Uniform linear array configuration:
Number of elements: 64
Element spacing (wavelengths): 0.5
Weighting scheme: binomial
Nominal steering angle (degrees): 60
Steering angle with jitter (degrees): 61.428
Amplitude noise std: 0.05
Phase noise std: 0.05

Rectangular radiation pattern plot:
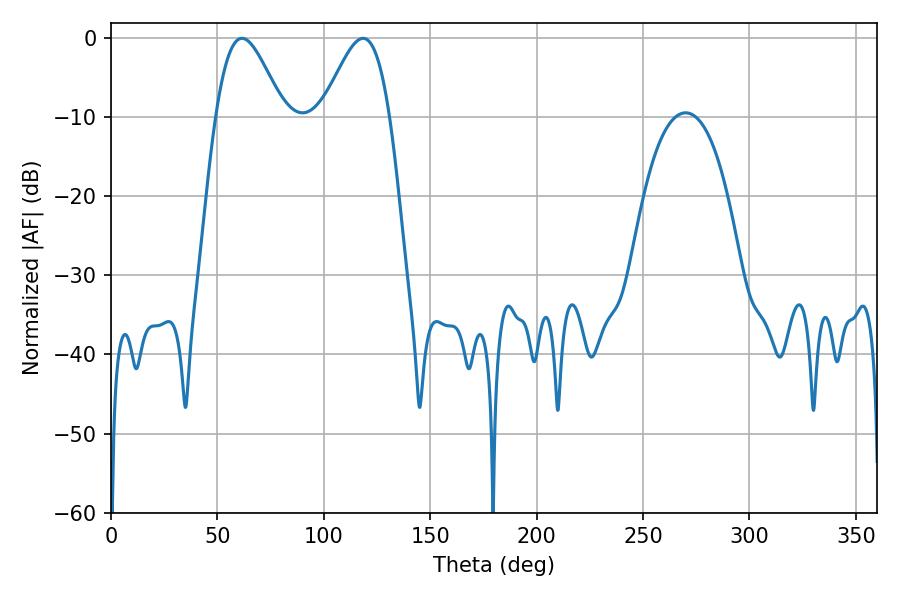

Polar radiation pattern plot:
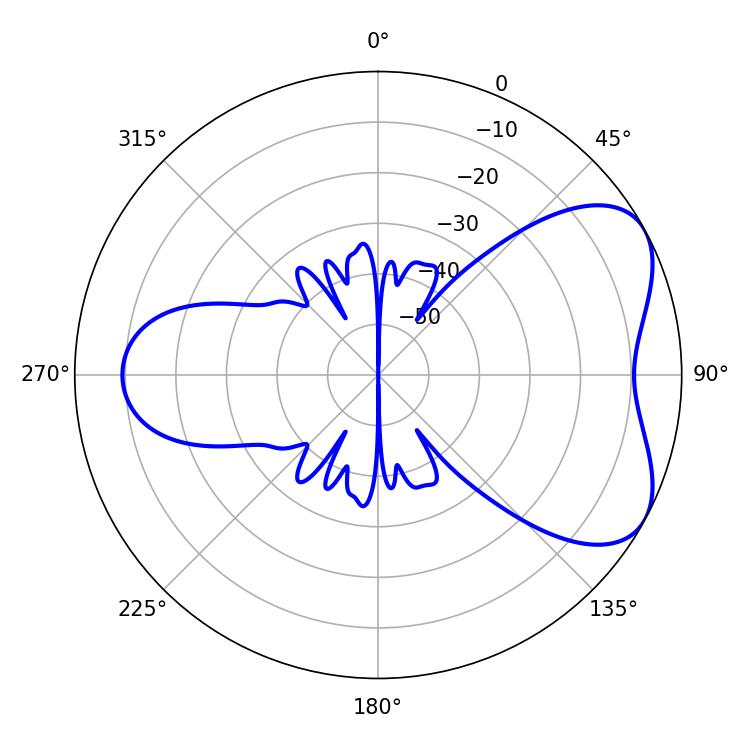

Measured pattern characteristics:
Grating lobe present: FALSE
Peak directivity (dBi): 5.529
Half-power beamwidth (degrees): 16.74
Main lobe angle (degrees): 61.56